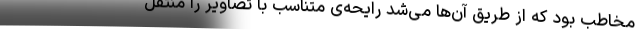
مخاطب بود که از طریق آن‌ها می‌شد رایحه‌ی متناسب با تصاویر را منتقل